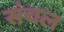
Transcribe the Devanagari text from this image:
संचल